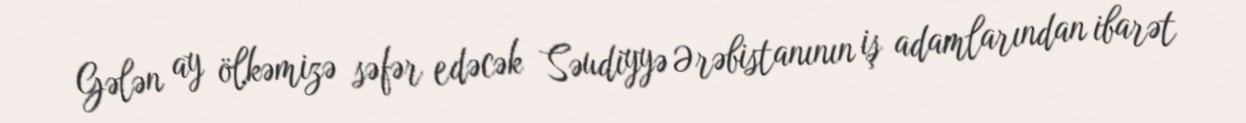
Gələn ay ölkəmizə səfər edəcək Səudiyyə Ərəbistanının iş adamlarından ibarət